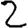
Digit: 2